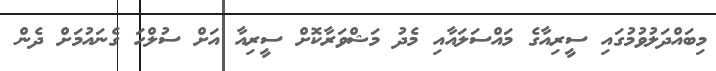
މިބައްދަލުވުމުގައި ސީރިއާގެ މައްސަލައާއި މެދު މަޝްވަރާކޮށް ސީރިއާ އަށް ސުލްހަ ގެނައުމަށް ދެން